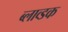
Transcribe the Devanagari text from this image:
ब्लाव्डक